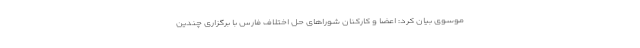
موسوی بیان کرد: اعضا و کارکنان شوراهای حل اختلاف فارس با برگزاری چندین